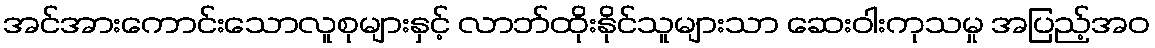
အင်အားကောင်းသောလူစုများနှင့် လာဘ်ထိုးနိုင်သူများသာ ဆေးဝါးကုသမှု အပြည့်အဝ